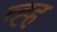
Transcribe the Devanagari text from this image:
व्ह्ह